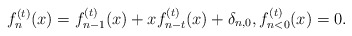
\begin{align*}f^{(t)}_n(x)=f^{(t)}_{n-1}(x)+xf^{(t)}_{n-t}(x)+\delta_{n,0}, f^{(t)}_{n<0}(x)=0.\end{align*}